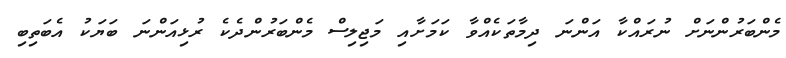
މެންބަރުންނަށް ނުރައްކާ އަންނަ ދިމާތަކެއްވާ ކަމަށާއި މަޖިލިސް މެންބަރުންދެކެ ރުޅިއަންނަ ބަޔަކު އެބަތިބި